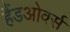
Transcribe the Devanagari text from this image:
हैंडओवर्स